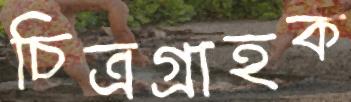
চিত্রগ্রাহক